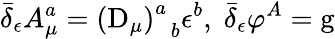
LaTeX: \bar{\delta}_{\epsilon}A_{\mu}^{a}=\left(\mathrm{D}_{\mu}\right)_{\; \; b}^{a}\epsilon^{b},\; \bar{\delta}_{\epsilon}\varphi^{A}=\mathrm{g}